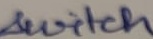
Text: switch